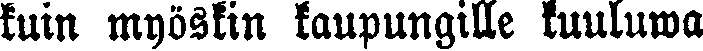
kuin myöskin kaupungille kuuluwa